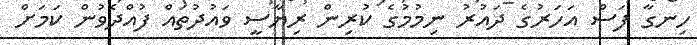
ހިނގާ ފަސް އަހަރުގެ ދައުރު ނިމުމުގެ ކުރިން ރިޔާސީ ވައުދުތައް ފުއްދެވުން ކަމަށް